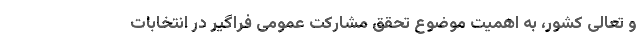
و تعالی کشور، به اهمیت موضوع تحقق مشارکت عمومی فراگیر در انتخابات